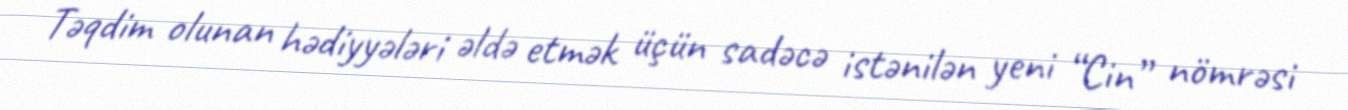
Təqdim olunan hədiyyələri əldə etmək üçün sadəcə istənilən yeni “Cin” nömrəsi